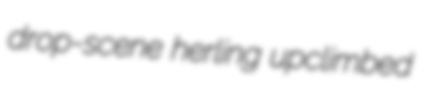
drop-scene herling upclimbed